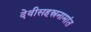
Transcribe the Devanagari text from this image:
देवीसहस्रनामांत